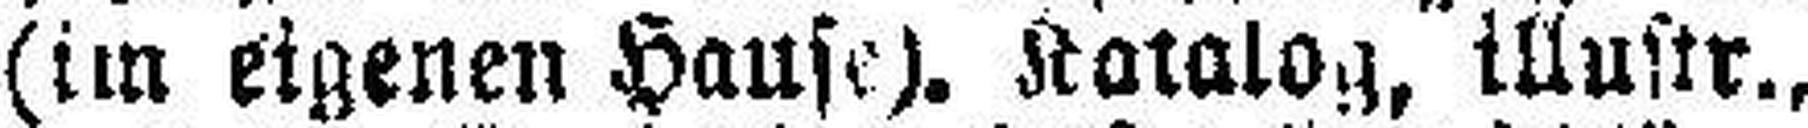
(im eigenen Hause). Katalog, illustr.,